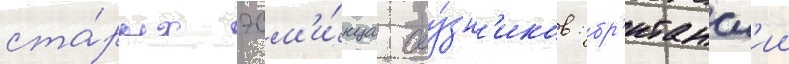
ста́рых эсм'и́нца соу́зн'иков: бр'итанск'ии